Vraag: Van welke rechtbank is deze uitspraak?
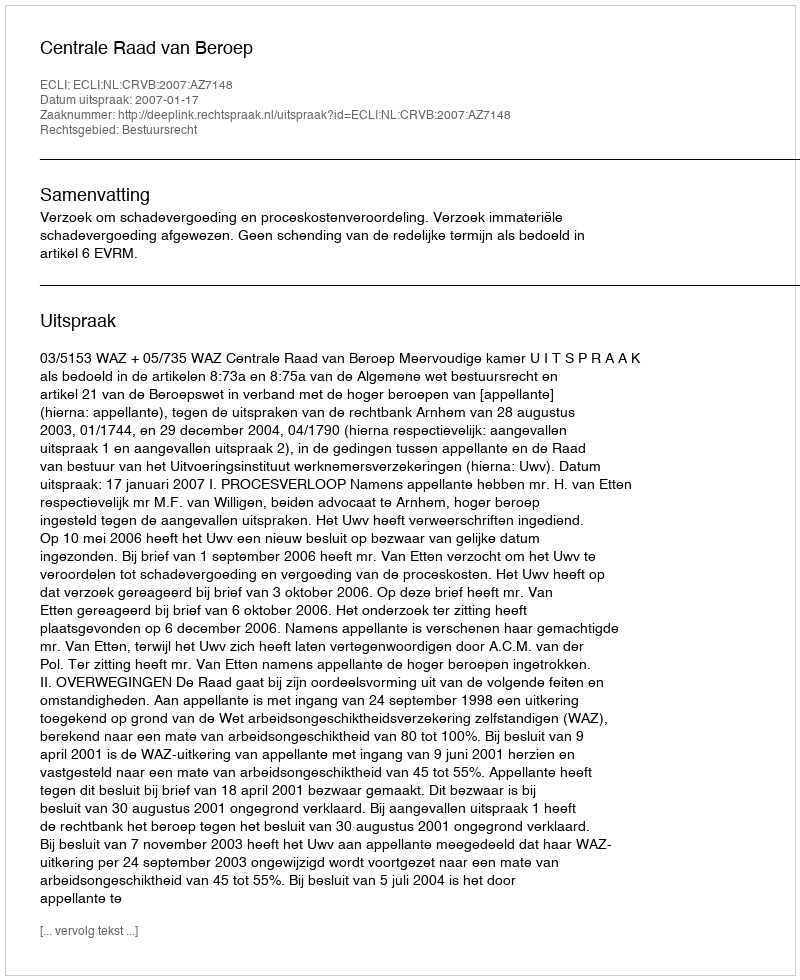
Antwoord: Centrale Raad van Beroep